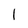
Character: 1